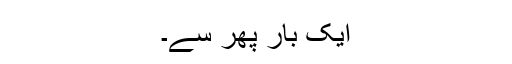
ایک بار پھر سے۔